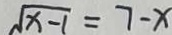
\sqrt { x - 1 } = 7 - x